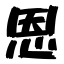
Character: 恩